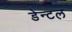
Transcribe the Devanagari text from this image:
डेन्टल